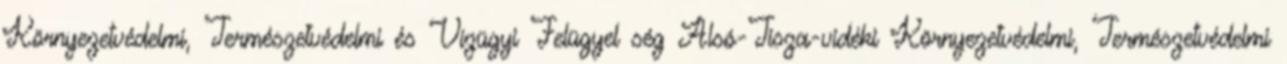
Környezetvédelmi, Természetvédelmi és Vízügyi Felügyel ség Alsó-Tisza-vidéki Környezetvédelmi, Természetvédelmi